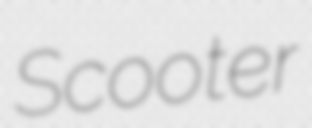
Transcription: Scooter